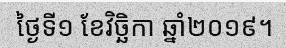
ថ្ងៃទី១ ខែវិច្ឆិកា ឆ្នាំ២០១៩។